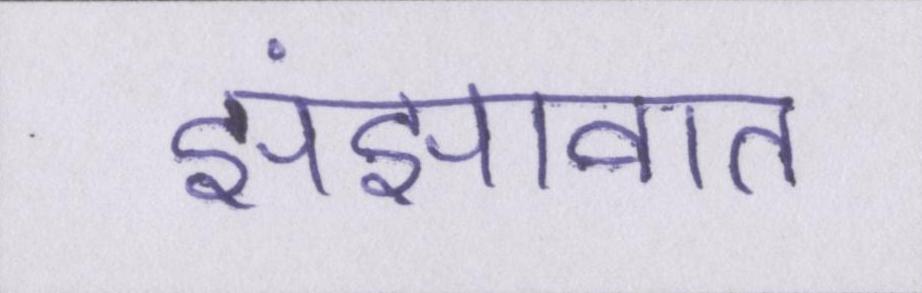
झंझावात